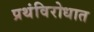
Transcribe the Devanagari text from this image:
प्रथंविरोधात